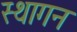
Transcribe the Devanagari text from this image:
स्थागन